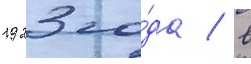
1923 го́да / в